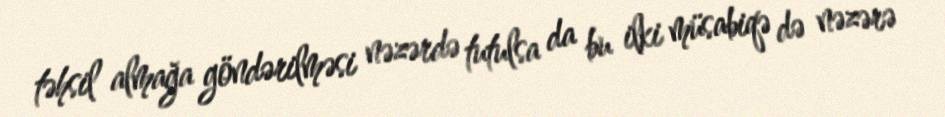
təhsil almağa göndərilməsi nəzərdə tutulsa da bu ilki müsabiqə də nəzərə